Report on vaccination in Madras 1877-1894 - 1877-1894
Year: 1877
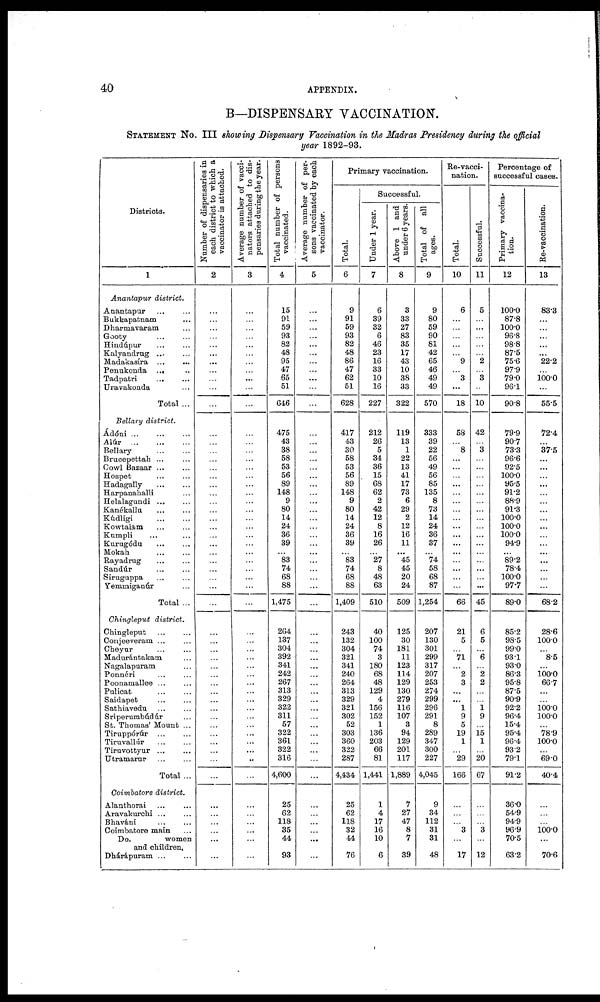
40
APPENDIX.
B—DISPENSARY VACCINATION.
STATEMENT No. III showing Dispensary Vaccination in the Madras Presidency during the official
year 1892-93.
Districts.
1
Anantapur district.
Anantapur... ...
Bukkapatnam...
Dharmavaram...
Gooty...
...
Hindúpur...
...
Kalyandrug... ...
Madakasíra... ...
Penukonda... ...
Tadpatri...
...
Uravakonda...
Total...
Bellary district.
Ádóni
...
...
...
Alúr...
...
...
Bellary...
...
Brucepettah... ...
Cowl Bazaar... ...
Hospet...
...
Hadagally...
...
Harpanahalli...
Helalagundi... ...
Kanékallu...
...
Kúdligi...
...
Kowtalam...
...
Kumpli... ...
Kurugódu...
...
Mokah...
...
Rayadrug...
...
Sandúr...
...
Siruguppa...
...
Yemmiganúr...
Total ...
Chingleput district.
Chingleput
...
...
Conjeeveram... ...
Cheyur... ...
Madurántakam...
Nagalapuram...
Ponnéri... ...
Poonamallee... ...
Pulicat... ...
Saidapet...
...
Sathiavedu...
...
Sríperurabúdúr...
St. Thomas' Mount ...
Tiruppórúr... ...
Tiruvallúr...
...
Tiruvottyur...
...
Utramarur...
...
Total ...
Coimbatore district.
Alanthorai... ...
Aravakurchi...
...
Bhaváni... ...
Coimbatore main ...
Do.
women
and children.
Dhárápuram...
...
Number of dispensaries in
each district to which a
vaccinator is attached.
2
...
...
...
...
...
...
...
...
...
...
...
...
...
...
...
...
...
...
...
...
...
...
...
...
...
...
...
...
...
...
...
...
...
...
...
...
...
...
...
...
...
...
...
...
...
...
...
...
...
...
...
...
...
...
Average number of vacci¬
nators attached to dis-
pensaries during the year.
3
...
...
...
...
...
...
...
...
...
...
...
...
...
...
...
...
...
...
...
...
...
...
...
...
...
...
...
...
...
...
...
...
...
...
...
...
...
...
...
...
...
...
...
...
...
...
...
...
...
...
...
...
...
...
Total number of persons
vaccinated.
4
15
91
59
93
82
48
95
47
65
51
646
475
43
38
58
53
56
89
148
9
80
14
24
36
39
... 83
74
68
88
1,475
264
137
304
392
341
242
267
313
329
322
311
57
322
361
322
316
4,600
25
62
118
35
44
93
Average number of per-
sons vaccinated by each
vaccinator.
5
...
...
...
...
...
...
...
...
...
...
...
...
...
...
...
...
...
...
...
...
...
...
...
...
...
...
...
...
...
...
...
...
...
...
...
...
...
...
...
...
...
...
...
...
...
...
...
...
...
...
...
...
...
...
Primary vaccination.
Total.
6
9
91
59
93
82
48
86
47
62
51
628
417
43
30
58
53
56
89
148
9
80
14
24
36
39
... 83
74
68
88
1,409
243
132
304
321
341
240
264
313
329
321
302
52
303
360
322
287
4,434
25
62
118
32
44
76
Successful.
Under 1 year.
7
6
39
32
6
46
23
16
33
10
16
227
212
26
5
34
36
15
68
62
2
42
12
8
16
26
... 27
8
48
63
510
40
100
74
3
180
68
48
129
4
156
152
1
136
203
66
81
1,441
1
4
17
16
10
6
Above 1 and
under 6 years.
8
3
33
27
83
35
17
43
10
38
33
322
119
13
1
22
13
41
17
73
6
29
2
12
16
11
...
45
45
20
24
509
125
30
181
11
123
114
129
130
279
116
107
3
94
129
201
117
1,889
7
27
47
8
7
39
Total of all
ages.
9
9
80
59
90
81
42
65
46
49
49
570
333
39
22
56
49
56
85
135
8
73
14
24
36
37
... 74
58
68
87
1,254
207
130
301
299
317
207
253
274
299
296
291
8
289
347
300
227
4,045
9
34
112
31
31
48
Re-vacci-
nation.
Total.
10
6
...
...
...
...
...
9
...
3
...
18
58
...
8
...
...
...
...
...
...
...
...
...
...
...
...
...
...
...
...
66
21
5
...
71
...
2
3
...
...
1
9
5
19
1
...
29
166
...
...
...
3
...
17
Successful.
11
5
...
...
...
...
...
2
...
3
...
10
42
...
3
...
...
...
...
...
...
...
...
...
...
...
...
...
...
...
...
45
6
5
...
6
...
2
2
...
...
1 9
...
15
1
...
20
67
...
...
...
3
...
12
Percentage of
successful cases.
Primary vaccina-
tion.
12
100.0
87.8
100.0
96.8
98.8
87.5
75.6
97.9
79.0
96.1
90.8
79.9
90.7
73.3
96.6
92.5
100.0
95.5
91.2
88.9
91.3
100.0
100.0
100.0
94.9
... 89.2
78.4
100.0
97.7
89.0
85.2
98.5
99.0
93.1
93.0
86.3
95.8
87.5
90.9
92.2
96.4
15.4
95.4
96.4
93.2
79.1
91.2
36.0
54.9
94.9
96.9
70.5
63.2
Re-vaccination.
13
83.3
...
...
...
...
...
22.2
...
100.0
...
55.5
72.4
...
37.5
...
...
...
...
...
...
...
...
...
...
...
...
...
...
...
...
68.2
28.6
100.0
...
8.5
...
100.0 66.7
...
...
100.0
100.0
...
78.9
100.0
...
69.0
40.4
...
...
...
100.0
...
70.6